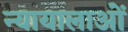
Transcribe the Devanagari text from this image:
न्यायालाओं